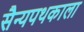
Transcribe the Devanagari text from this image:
सैन्यपथकाला